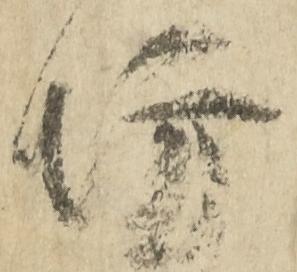
坊